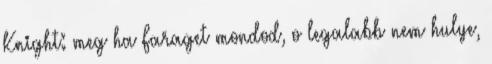
Knight: meg ha Faraget mondod, o legalabb nem hulye,